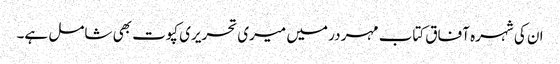
ان کی شہرہ آفاق کتاب مہر در میں میری تحریری کپوت بھی شامل ہے۔